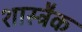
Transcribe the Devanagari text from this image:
शास्त्रैक